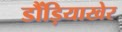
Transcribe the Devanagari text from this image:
डौंड़ियाखेर